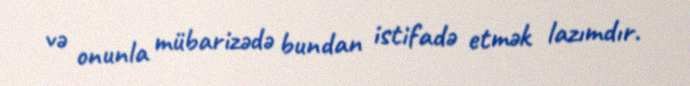
və onunla mübarizədə bundan istifadə etmək lazımdır.